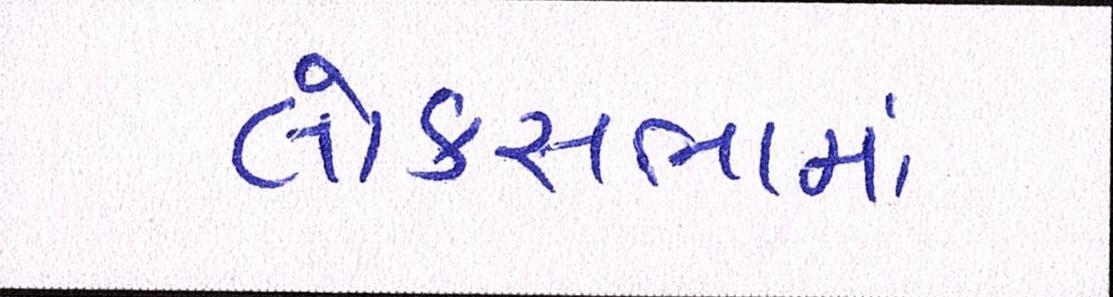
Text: લોકસભામાં